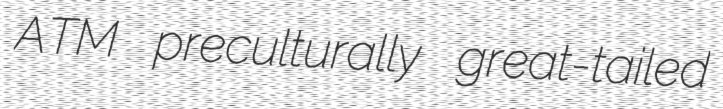
ATM preculturally great-tailed